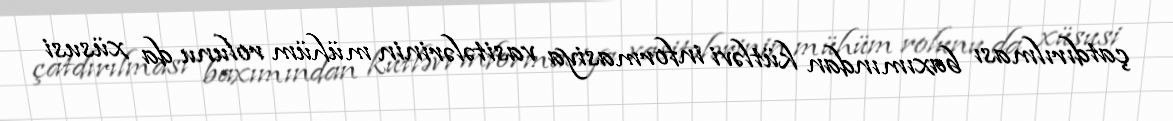
çatdırılması baxımından kütləvi informasiya vasitələrinin mühüm rolunu da xüsusi